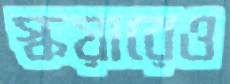
স্কয়ারেও